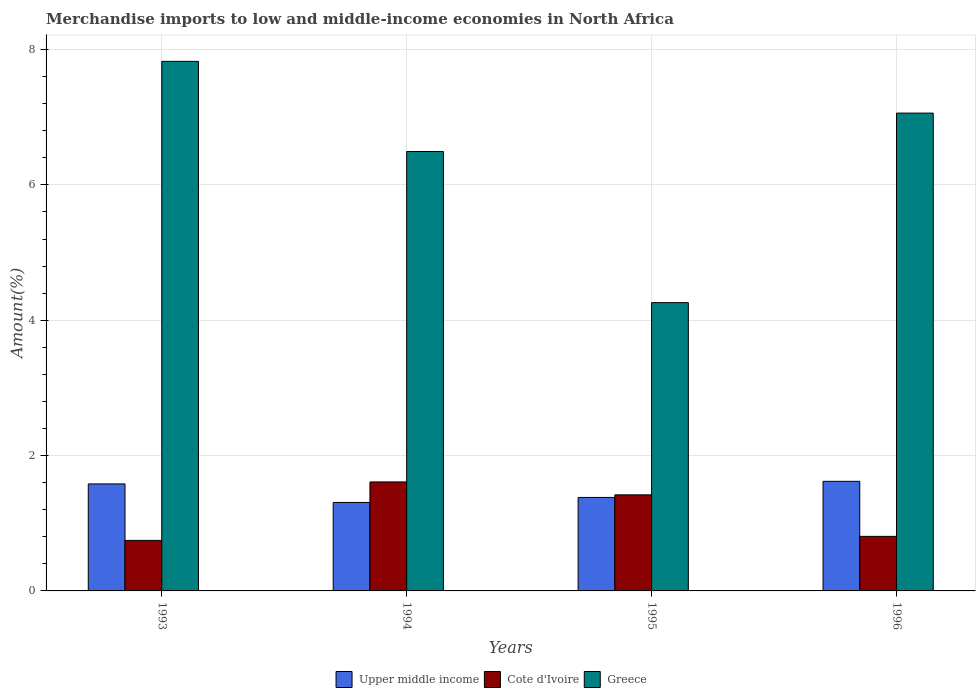
| Years | Upper middle income | Cote d'Ivoire | Greece |
 | --- | --- | --- | --- |
 | 1993 | 1.58 | 0.747 | 7.83 |
 | 1994 | 1.31 | 1.61 | 6.49 |
 | 1995 | 1.38 | 1.42 | 4.26 |
 | 1996 | 1.62 | 0.806 | 7.06 |